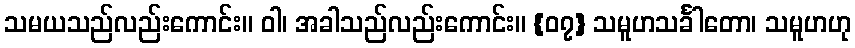
သမယသည်လည်းကောင်း။ ဝါ၊ အခါသည်လည်းကောင်း။ {၀၇} သမူဟသင်္ခါတော၊ သမူဟဟု